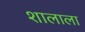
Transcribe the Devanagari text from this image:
शालाला